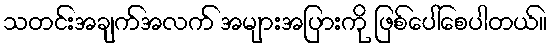
သတင်းအချက်အလက် အများအပြားကို ဖြစ်ပေါ်စေပါတယ်။